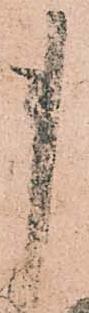
貴